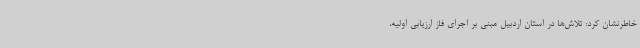
خاطرنشان کرد: تلاش‌ها در استان اردبیل مبنی بر اجرای فاز ارزیابی اولیه،